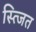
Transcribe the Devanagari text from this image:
स्त्जित